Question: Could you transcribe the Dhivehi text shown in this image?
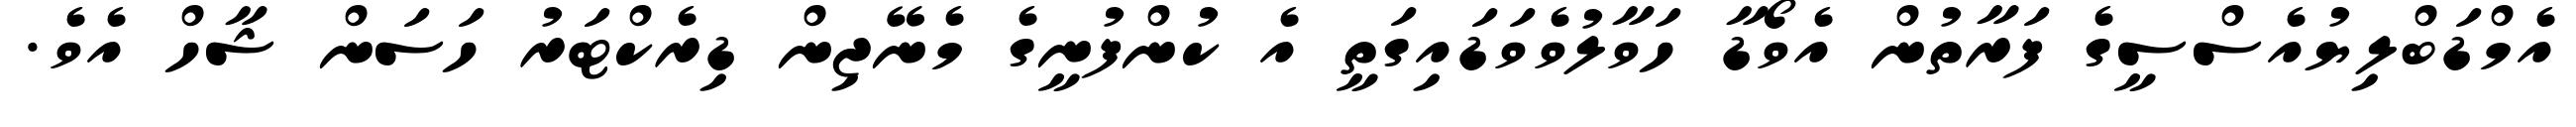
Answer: އެމްޑަބްލިޔުއެސްސީގެ ފަރާތުން އެވޯޑާ ހަވާލުވެވަޑައިގަތީ އެ ކުންފުނީގެ މެނޭޖިން ޑިރެކްޓަރު ހަސަން ޝާހް އެވެ.